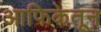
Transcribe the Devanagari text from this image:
आफिकेतून